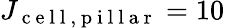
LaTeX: J_{\mathrm{~c~e~l~l~,~p~i~l~l~a~r~}}=10